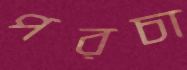
পরচা